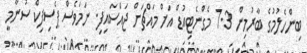
ބިންހެލުމުގެ ބާރުމިން 7.3 މެގްނެޓިއުޑް އަށް މައްޗަށް ޖައްސައިފި. ނަމަވެސް ޕެސިފިކް ސުނާމީ